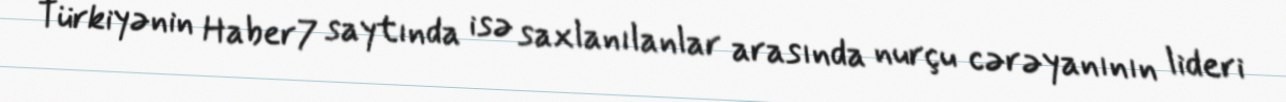
Türkiyənin Haber7 saytında isə saxlanılanlar arasında nurçu cərəyanının lideri